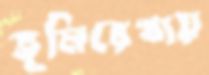
ভূমিরেখায়